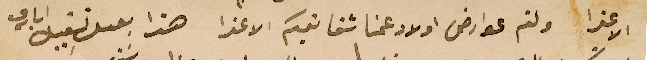
الاعزا ولتم عوارض اولاد عمنا شقايقكم الاعزا هذا بعد تقبيل ايادي